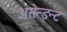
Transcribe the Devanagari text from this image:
असेन्डन्ट